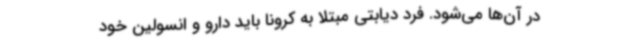
در آن‌ها می‌شود. فرد دیابتی مبتلا به کرونا باید دارو و انسولین خود